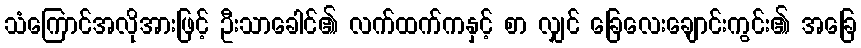
သံကြောင်အလိုအားဖြင့် ဦးသာခေါင်၏ လက်ထက်ကနှင့် စာ လျှင် ခြေလေးချောင်းကွင်း၏ အခြေ